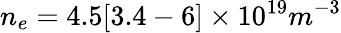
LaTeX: n_{e}=4.5[3.4-6]\times 10^{19}m^{-3}